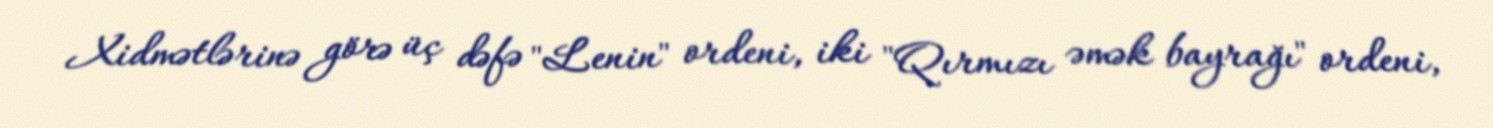
Xidmətlərinə görə üç dəfə "Lenin" ordeni, iki "Qırmızı əmək bayrağı" ordeni,